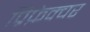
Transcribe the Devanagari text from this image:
प्रिफ़ेक्चर